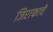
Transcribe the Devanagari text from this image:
जिराफाचे